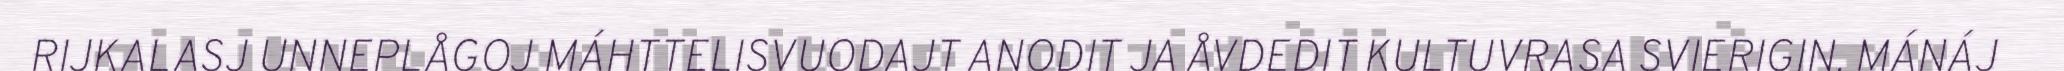
RIJKALASJ UNNEPLÅGOJ MÁHTTELISVUODAJT ANODIT JA ÅVDEDIT KULTUVRASA SVIERIGIN. MÁNÁJ